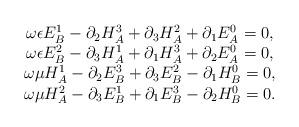
LaTeX: \begin{align*}\begin{array}{c}\omega \epsilon E_B^1-\partial _2H_A^3+\partial _3H_A^2+\partial _1E_A^0=0,\\\omega \epsilon E_B^2-\partial _3H_A^1+\partial _1H_A^3+\partial _2E_A^0=0,\\\omega \mu H_A^1-\partial _2E_B^3+\partial _3E_B^2-\partial _1H_B^0=0, \\\omega \mu H_A^2-\partial _3E_B^1+\partial _1E_B^3-\partial _2H_B^0=0.\end{array}\end{align*}